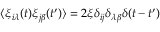
{ \langle \xi _ { i \lambda } ( t ) \xi _ { j \beta } ( t ^ { \prime } ) \rangle = 2 \xi \delta _ { i j } \delta _ { \lambda \beta } \delta ( t - t ^ { \prime } ) }